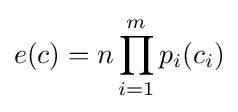
e(c)=n\prod _{i=1}^{m}p_{i}(c_{i})